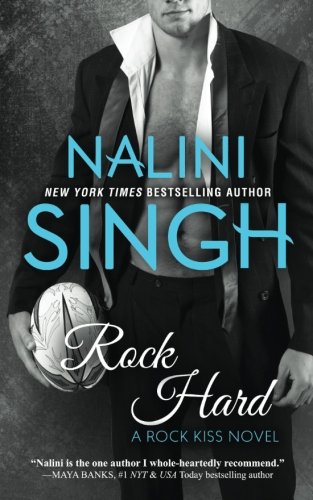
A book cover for Rock Hard (Rock Kiss Book 2) (Volume 2); Nalini Singh; Romance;